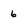
Character: 6